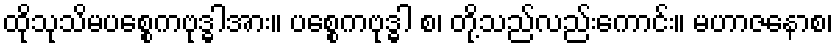
ထိုသုသိမပစ္စေကဗုဒ္ဓါအား။ ပစ္စေကဗုဒ္ဓါ စ၊ တို့သည်လည်းကောင်း။ မဟာဇနောစ၊